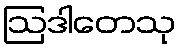
ဩဒါတေသု